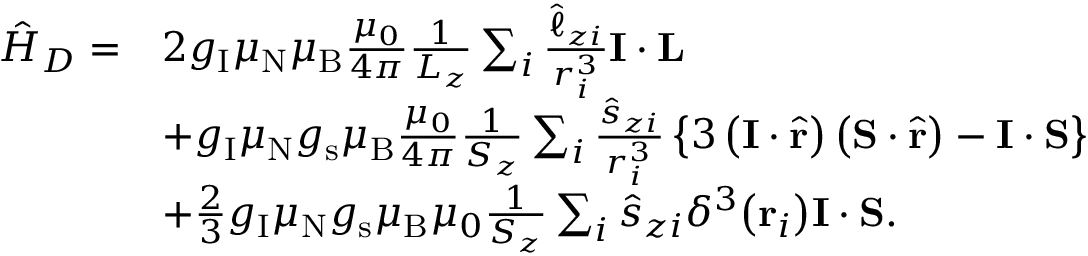
{ \begin{array} { r l } { { \hat { H } } _ { D } = } & { 2 g _ { \mathrm { I } } \mu _ { \mathrm { N } } \mu _ { \mathrm { B } } { \frac { \mu _ { 0 } } { 4 \pi } } { \frac { 1 } { L _ { z } } } \sum _ { i } { \frac { { \hat { \ell } } _ { z i } } { r _ { i } ^ { 3 } } } \mathbf { I } \cdot \mathbf { L } } \\ & { + g _ { \mathrm { I } } \mu _ { \mathrm { N } } g _ { \mathrm { s } } \mu _ { \mathrm { B } } { \frac { \mu _ { 0 } } { 4 \pi } } { \frac { 1 } { S _ { z } } } \sum _ { i } { \frac { { \hat { s } } _ { z i } } { r _ { i } ^ { 3 } } } \left\{ 3 \left( \mathbf { I } \cdot { \hat { \mathbf { r } } } \right) \left( \mathbf { S } \cdot { \hat { \mathbf { r } } } \right) - \mathbf { I } \cdot \mathbf { S } \right\} } \\ & { + { \frac { 2 } { 3 } } g _ { \mathrm { I } } \mu _ { \mathrm { N } } g _ { \mathrm { s } } \mu _ { \mathrm { B } } \mu _ { 0 } { \frac { 1 } { S _ { z } } } \sum _ { i } { \hat { s } } _ { z i } \delta ^ { 3 } { \left( \mathbf { r } _ { i } \right) } \mathbf { I } \cdot \mathbf { S } . } \end{array} }